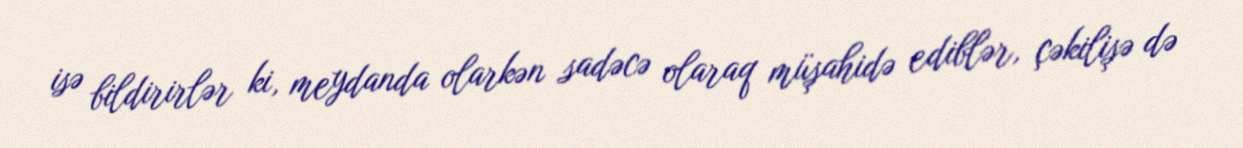
isə bildirirlər ki, meydanda olarkən sadəcə olaraq müşahidə ediblər, çəkilişə də